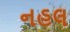
નહલ